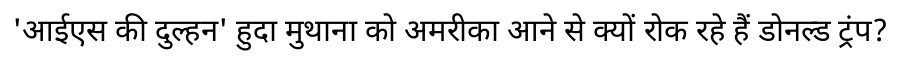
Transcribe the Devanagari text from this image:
'आईएस की दुल्हन' हुदा मुथाना को अमरीका आने से क्यों रोक रहे हैं डोनल्ड ट्रंप?